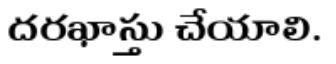
దరఖాస్తు చేయాలి.